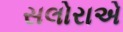
સલોરાએ